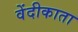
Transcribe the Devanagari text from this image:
वेंदीकाता